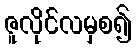
ဇူလိုင်လမှစ၍